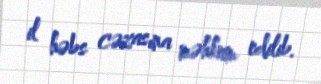
il həbs cəzasına məhkum edilib.